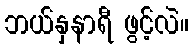
ဘယ်နှနာရီ ဖွင့်လဲ။